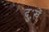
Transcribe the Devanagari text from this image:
दुःखें